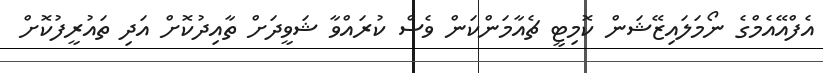
އެފްއޭއެމްގެ ނޯމަލައިޒޭޝަން ކޮމިޓީ ޗެއާމަންކަން ވެސް ކުރައްވާ ޝަވީދަށް ތާއިދުކޮށް އަދި ތައުރީފުކޮށް